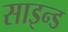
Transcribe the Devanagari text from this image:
साइन्ड